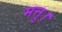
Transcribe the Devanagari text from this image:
मत्तु।